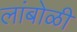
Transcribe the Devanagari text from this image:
लांबोळी